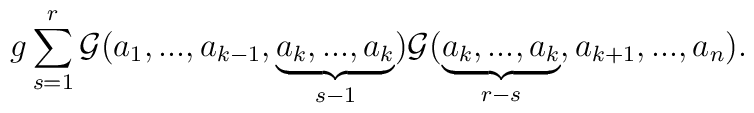
g\sum_{s=1}^{r}{{\cal G}}(a_1,...,a_{k-1},\underbrace{a_k,...,a_k}_{s-1}){{\cal G}}(\underbrace{a_k,...,a_k}_{r-s},a_{k+1},...,a_n).